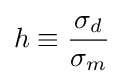
h\equiv {\frac {\sigma _{d}}{\sigma _{m}}}